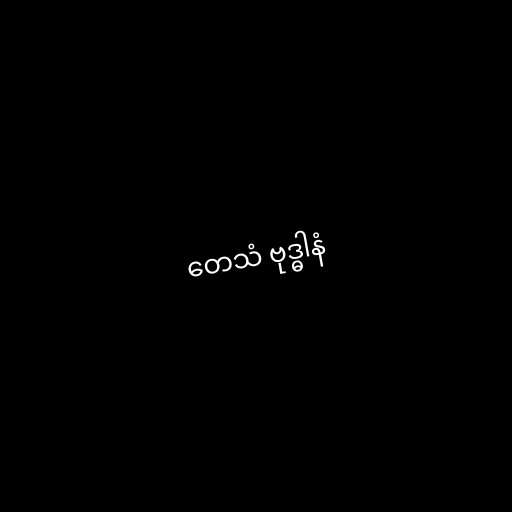
တေသံ ဗုဒ္ဓါနံ